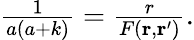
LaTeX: \begin{array}{r}{\frac{1}{a(a+k)}=\frac{r}{F(\mathbf{r},\mathbf{r}^{\prime})}.}\end{array}